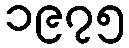
၁၉၇၅